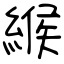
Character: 緱